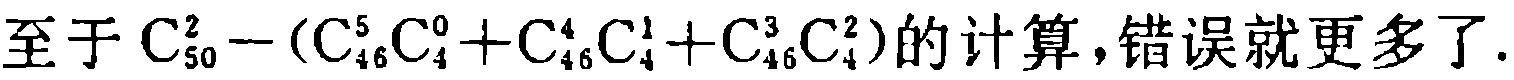
至于\(C_{50}^{2}-(C_{46}^{5}C_{4}^{0}+C_{46}^{4}C_{4}^{1}+C_{46}^{3}C_{4}^{2})\)的计算，错误就更多了.